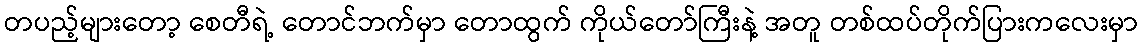
တပည့်များတော့ စေတီရဲ့ တောင်ဘက်မှာ တောထွက် ကိုယ်တော်ကြီးနဲ့ အတူ တစ်ထပ်တိုက်ပြားကလေးမှာ